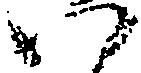
い